Vaccination North-Western Provinces and Oudh 1878-1895 - 1878-1895
Year: 1878
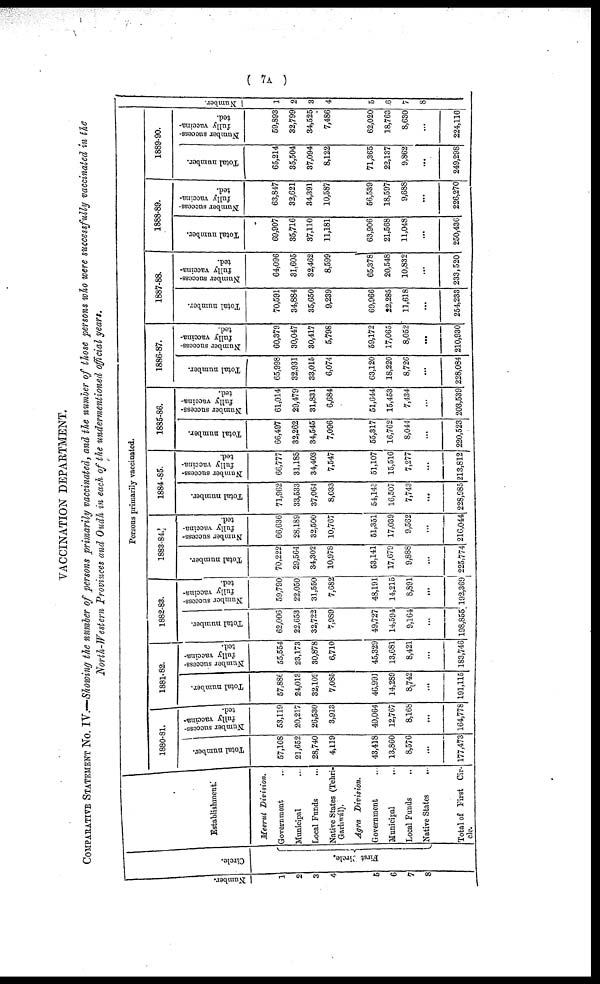
( 7A )
VACCINATION DEPARTMENT.
COMPARATIVE STATEMENT No. IV.—Showing the number of persons primarily vaccinated, and the number of those persons who were successfully vaccinated in the
North-Western Provinces and Oudh in each of the undermentioned official years.
Number.
1
2
3
4
5
6
7
8
Circle.
First Circle.
Establishment.
Meerut Division.
Government ...
Municipal ...
Local Funds
...
Native States (Tehri¬
Garhwál).
Agra
Division.
Government ...
Municipal ...
Local Funds ...
Native States ...
Total of First Cir¬
cle.
Persons primarily vaccinated.
1880-81.
Total number.
57,108
21,652
28,740
4,119
43,418
13,860
8,576
...
177,473
Number success-
fully vaccina-
ted.
53,119
20,217
26,530
3,913
40,064
12,767
8,168
...
164,778
1881-82.
Total number.
57,886
24,013
32,109
7,085
46,991
14,289
8,742
...
191,115
Number success-
fully vaccina-
ted.
55,554
23,173
30,878
6,710
45,329
13,681
8,421
...
183,746
1882-83.
Total number.
62,006
22,653
32,722
7,989
49,727
14,594
9,164
...
198,855
Number success-
fully vaccina-
ted.
59,790
22,050
31,550
7,682
48,191
14,215
8,891
...
192,369
1883-84
Total number.
70,222
29,564
34,302
10,978
53,141
17,679
9,888
...
225,774
Number success-
fully vaccina-
ted.
66,636
28,189
32,500
10,767
51,351
17,039
9,562
...
216,044
1884 -85.
Total number.
71,962
33,533
37,064
8,033
54,143
16,507
7,743
...
228,985
Number success-
fully vaccina-
ted.
66,777
31,185
34,403
7,547
51,107
15,516
7,277
...
213,812
1885-86.
Total number.
66,497
32,262
34,545
7,096
55,317
16,762
8,044
...
220,523
Number success-
fully vaccina-
ted.
61,014
29,479
31,831
6,684
51,644
15,453
7,434
...
203,539
1886-87.
Total number.
65,998
32,931
33,015
6,074
63,120
18,220
8,726
...
228,084
Number success-
fully vaccina-
ted.
60,379
30,047
30,417
5,798
59,172
17,065
8,052
...
210,930
1887-88.
Total number.
70,591
34,884
35,650
9,239
69,966
22,285
11,618
...
254,233
Number success-
fully vaccina-
ted.
64,096
31,605
32,462
8,599
65,378
20,548
10,832
...
233,520
1888-89.
Total number.
69,907
35,716
37,110
11,181
63,906
21,568
11,048
...
250,436
Number success-
fully vaccina-
ted.
63,847
32,621
34,391
10,587
56,539
18,597
9,688
...
226,270
1889-90.
Total number.
65,214
35,504
37,094
8,122
71,365
22,137
9,862
...
249,298
Number success-
fully vaccina-
ted.
59,893
32,799
34,525
7,486
62,020
18,763
8,630
...
224,116
Number
1
2
3
4
5
6
7
8